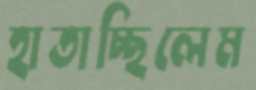
হাতাচ্ছিলেম